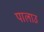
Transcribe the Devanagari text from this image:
पालाउ